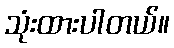
သုံးထားပါတယ်။